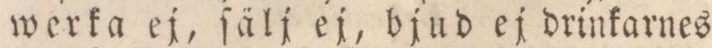
werka ej, ſälj ej, bjud ej drinkarnes